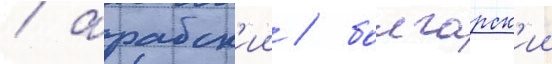
/ арабск'ии / болгарск'ии